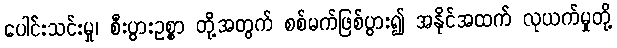
ပေါင်းသင်းမှု၊ စီးပွားဥစ္စာ တို့အတွက် စစ်မက်ဖြစ်ပွား၍ အနိုင်အထက် လုယက်မှုတို့